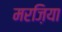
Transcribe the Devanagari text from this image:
मरज़िया